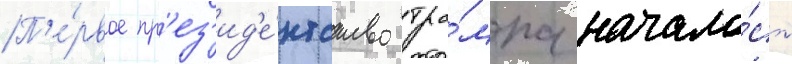
П'е́рвое пр'ез'ид'е́нтство тра́мпа начало́сь